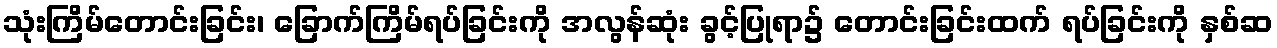
သုံးကြိမ်တောင်းခြင်း၊ ခြောက်ကြိမ်ရပ်ခြင်းကို အလွန်ဆုံး ခွင့်ပြုရာ၌ တောင်းခြင်းထက် ရပ်ခြင်းကို နှစ်ဆ